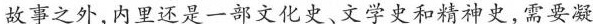
故事之外，内里还是一部文化史、文学史和精神史，需要凝